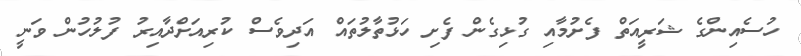
ހުސެއިންގެ ޝަރީއަތް ފެށުމާއި ގުޅިގެން ފެށި ހަޅުތާލުތައް އަދިވެސް ކުރިއަށްދާއިރު ފުލުހުން ވަނީ